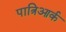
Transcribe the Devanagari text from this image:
पात्रिआर्क